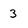
Character: 3